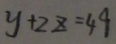
y + 2 z = 4 9